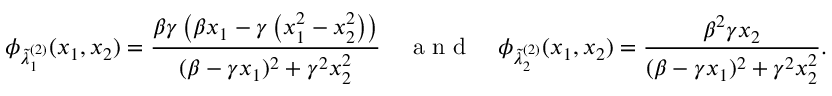
\phi _ { \tilde { \lambda } _ { 1 } ^ { ( 2 ) } } ( x _ { 1 } , x _ { 2 } ) = \frac { \beta \gamma \left( \beta x _ { 1 } - \gamma \left( x _ { 1 } ^ { 2 } - x _ { 2 } ^ { 2 } \right) \right) } { ( \beta - \gamma x _ { 1 } ) ^ { 2 } + \gamma ^ { 2 } x _ { 2 } ^ { 2 } } \quad \textrm { a n d } \quad \phi _ { \tilde { \lambda } _ { 2 } ^ { ( 2 ) } } ( x _ { 1 } , x _ { 2 } ) = \frac { \beta ^ { 2 } \gamma x _ { 2 } } { ( \beta - \gamma x _ { 1 } ) ^ { 2 } + \gamma ^ { 2 } x _ { 2 } ^ { 2 } } .